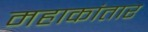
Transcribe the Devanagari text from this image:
महाकांतार